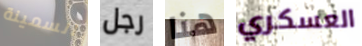
السمينة رجل هنا العسكري